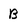
Character: B